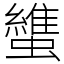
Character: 䗽